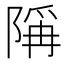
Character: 𫕋